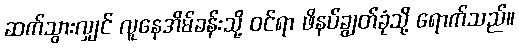
ဆက်သွားလျှင် လူနေအိမ်ခန်းသို့ ဝင်ရာ ဖိနပ်ချွတ်ခုံသို့ ရောက်သည်။